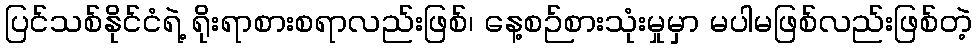
ပြင်သစ်နိုင်ငံရဲ့ ရိုးရာစားစရာလည်းဖြစ်၊ နေ့စဉ်စားသုံးမှုမှာ မပါမဖြစ်လည်းဖြစ်တဲ့